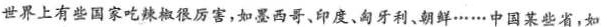
世界上有些国家吃辣椒很厉害，如